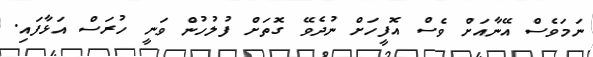
ނަމަވެސް އޭނާއަށް ވެސް އޮފީހަށް ނުދެވޭ ގޮތަށް ފުލުހުން ވަނީ ހުރަސް އަޅާފައި.